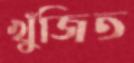
খুঁজিত